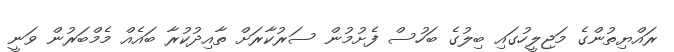
ރައްޔިތުންގެ މަޖިލީހުގައި ބިލުގެ ބަހުސް ފެށުމުން ސަރުކާރަށް ތާއިދުކުރާ ބައެއް މެމްބަރުން ވަނީ